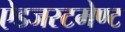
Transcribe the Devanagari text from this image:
ऐडजस्टमेण्ट